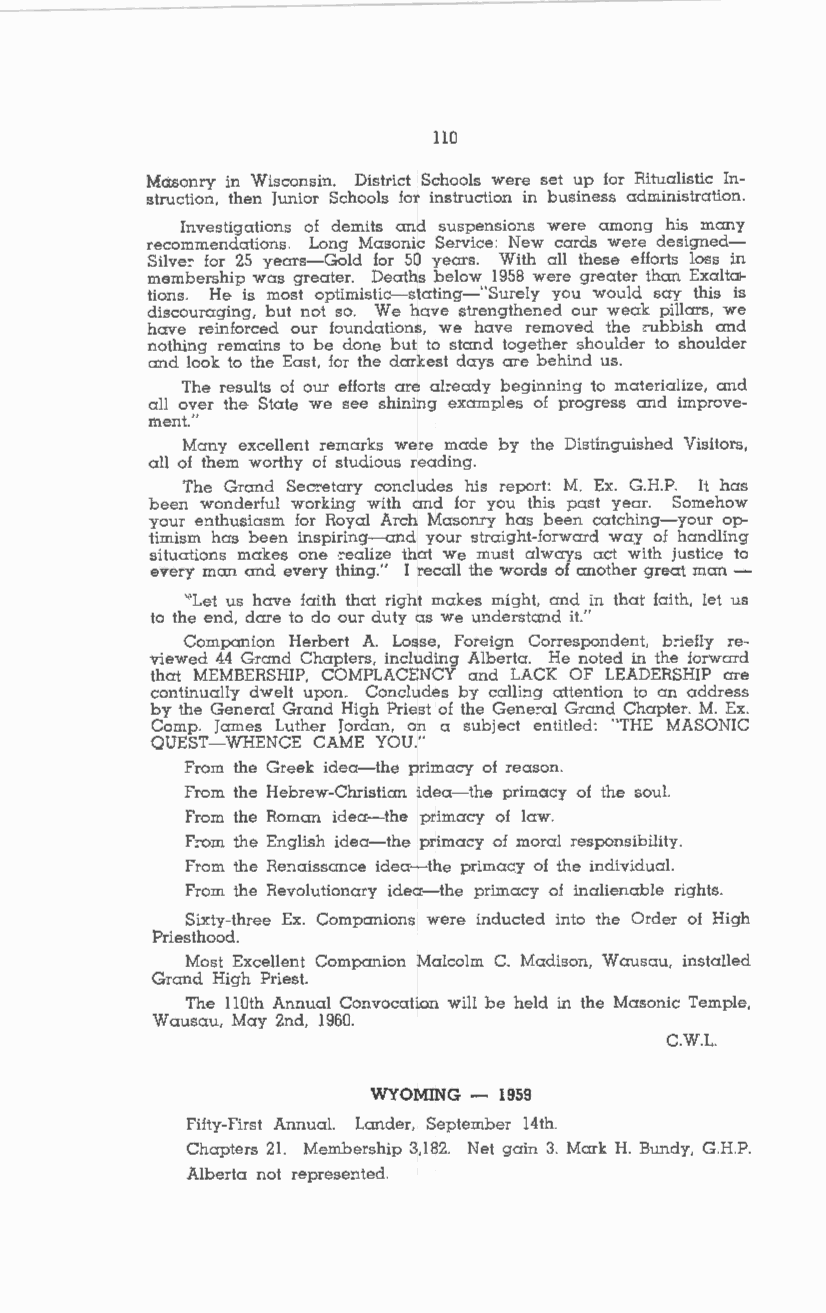
110
 Masonry in Wisconsin. District Schools were set up for Ritualistic In
 struction, then Junior Schools for instruction in business administration.
 Investigations of demits and suspensions were among his many
 recommendations. Long Masonic Service: New cards were designed
 Silve: for 25 years-Gold for 50 years. With all these efforts loss in
 membership was greater. Deaths below 1958 were greater than Exalta
 tions. He is most optimistic-stating-"Surely you would say this is
 discouraging, but not so. We have strengthened our weak pillars, we
 have reinforced our foundations, we have removed the :ubbish and
 nothing remains to be done but to stand together shoulder to shoulder
 and look to the East, for the darkest days are behind us.
 The results of our efforts are al:eady beginning to materialize, and
 all over the State we see shining examples of progress and improve
 ment."
 Many excellent remarks were made by the Distinguished Visitors,
 all of them worthy of studious reading.
 The Grand Sec:etary concludes his report: M. Ex. G.H.P. It has
 been wonderful working with and for you this past year. Somehow
 your enthusiasm for Royal Arch Masonry has been catching-your op
 timism has been inspiring-and your straight-forward way of handling
 situations makes one rnalize that we must always act with justice to
 every man and every thing." I recall the words of another great man -
 "'Let us have faith that right makes might, and in that faith, let us
 to the end, dare to do our duty as we understand it."
 Companion Herbert A. Losse, Foreign Correspondent, b:iefly re
 viewed 44 Grand Chapters, including Alberta. He noted in the forward
 that MEMBERSHIP, COMPLACENCY and LACK OF LEADERSHIP are
 continually dwelt upon. Concludes by callbg attention to an address
 by the General Grand High Priest of the Gene:al Grand Chapter. M. Ex.
 Comp. James Luther Jordan, on a subject entitled: "THE MASONIC
 QUEST-WHENCE CAME YOU."
 From the Greek idea-the primacy of reason.
 From the Hebrew-Christian idea-the primacy of the soul.
 From the Roman idea-the primacy of law.
 F:om the English idea-the primacy of moral responsibility.
 From the Renaissance idea-the primacy of the individual.
 From the Revolutionary idea-the primacy of inalienable rights.
 Sixty-three Ex. Companions were inducted into the Order of High
 Priesthood.
 Most Excellent Companion Malcolm C. Madison, Wausau, installed
 Grand High Priest.
 The llOth Annual Convocation will be held in the Masonic Temple,
 Wausau, May 2nd, 1960.
 C.W.L.
 WYOMING - 1959
 Fifty-First Annual. Lander, September 14th.
 Chapters 21. Membership 3,182. Net gain 3. Mark H. Bundy, G.H.P.
 Alberta not represented.